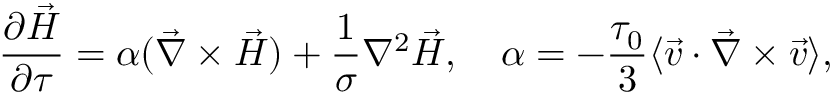
\frac { \partial \vec { H } } { \partial \tau } = \alpha ( \vec { \nabla } \times \vec { H } ) + \frac { 1 } { \sigma } \nabla ^ { 2 } \vec { H } , ~ ~ ~ \alpha = - \frac { \tau _ { 0 } } { 3 } \langle \vec { v } \cdot \vec { \nabla } \times \vec { v } \rangle ,